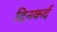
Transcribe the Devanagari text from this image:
दिनकर्द